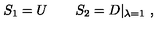
S _ { 1 } = U \qquad S _ { 2 } = D | _ { \lambda = 1 } \ ,